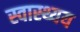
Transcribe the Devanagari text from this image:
स्वास्थ्यय